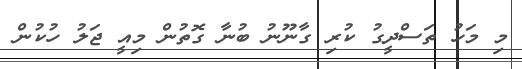
މި މަހު ތަސްދީގު ކުރި ގާނޫނު ބުނާ ގޮތުން މިއީ ޖަލު ހުކުން